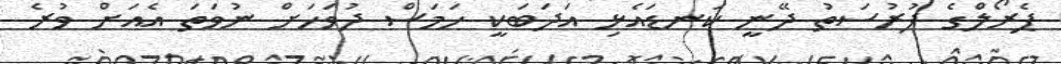
ޕެރޯލްގެ ފުރުސަތު ދޭނީ ކަނޑައެޅި އަދަބަކީ ހަމަސް ދުވަހަށް ނުވަތަ އެއަށް ވުރެ